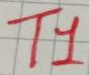
Text: T1